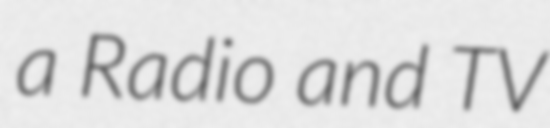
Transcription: a Radio and TV